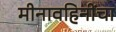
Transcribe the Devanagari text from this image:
मीनावहिनींचा